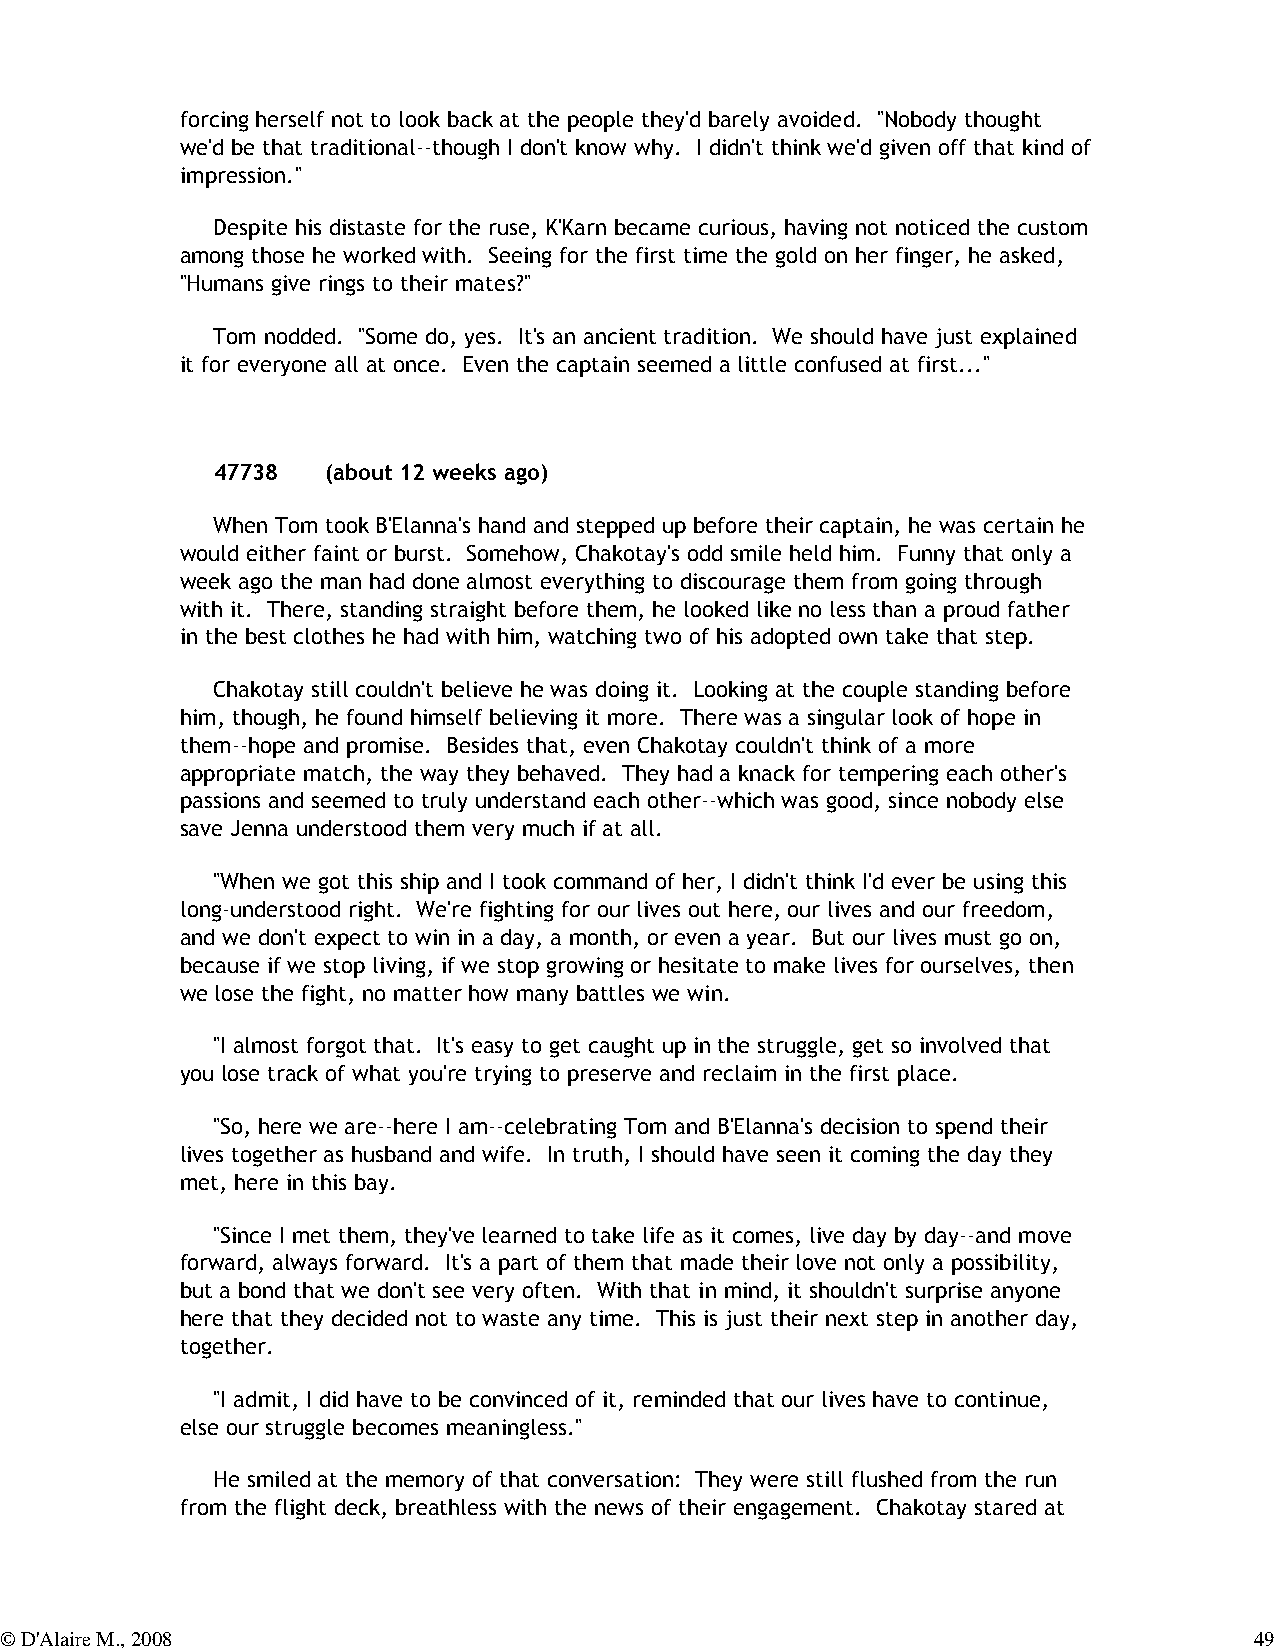
forcing herself not to look back at the people they'd barely avoided. "Nobody thought
 we'd be that traditional--though I don't know why. I didn't think we'd given off that kind of
 impression."
 Despite his distaste for the ruse, K'Karn became curious, having not noticed the custom
 among those he worked with. Seeing for the first time the gold on her finger, he asked,
 "Humans give rings to their mates?"
 Tom nodded. "Some do, yes. It's an ancient tradition. We should have just explained
 it for everyone all at once. Even the captain seemed a little confused at first..."
 47738   (about 12 weeks ago)
 When Tom took B'Elanna's hand and stepped up before their captain, he was certain he
 would either faint or burst. Somehow, Chakotay's odd smile held him. Funny that only a
 week ago the man had done almost everything to discourage them from going through
 with it. There, standing straight before them, he looked like no less than a proud father
 in the best clothes he had with him, watching two of his adopted own take that step.
 Chakotay still couldn't believe he was doing it. Looking at the couple standing before
 him, though, he found himself believing it more. There was a singular look of hope in
 them--hope and promise. Besides that, even Chakotay couldn't think of a more
 appropriate match, the way they behaved. They had a knack for tempering each other's
 passions and seemed to truly understand each other--which was good, since nobody else
 save Jenna understood them very much if at all.
 "When we got this ship and I took command of her, I didn't think I'd ever be using this
 long-understood right. We're fighting for our lives out here, our lives and our freedom,
 and we don't expect to win in a day, a month, or even a year. But our lives must go on,
 because if we stop living, if we stop growing or hesitate to make lives for ourselves, then
 we lose the fight, no matter how many battles we win.
 "I almost forgot that. It's easy to get caught up in the struggle, get so involved that
 you lose track of what you're trying to preserve and reclaim in the first place.
 "So, here we are--here I am--celebrating Tom and B'Elanna's decision to spend their
 lives together as husband and wife. In truth, I should have seen it coming the day they
 met, here in this bay.
 "Since I met them, they've learned to take life as it comes, live day by day--and move
 forward, always forward. It's a part of them that made their love not only a possibility,
 but a bond that we don't see very often. With that in mind, it shouldn't surprise anyone
 here that they decided not to waste any time. This is just their next step in another day,
 together.
 "I admit, I did have to be convinced of it, reminded that our lives have to continue,
 else our struggle becomes meaningless."
 He smiled at the memory of that conversation: They were still flushed from the run
 from the flight deck, breathless with the news of their engagement. Chakotay stared at
 © D'Alaire M., 2008                                                                49